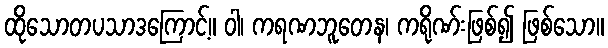
ထိုသောတပသာဒကြောင့်။ ဝါ၊ ကရဏဘူတေန၊ ကရိုဏ်းဖြစ်၍ ဖြစ်သော။